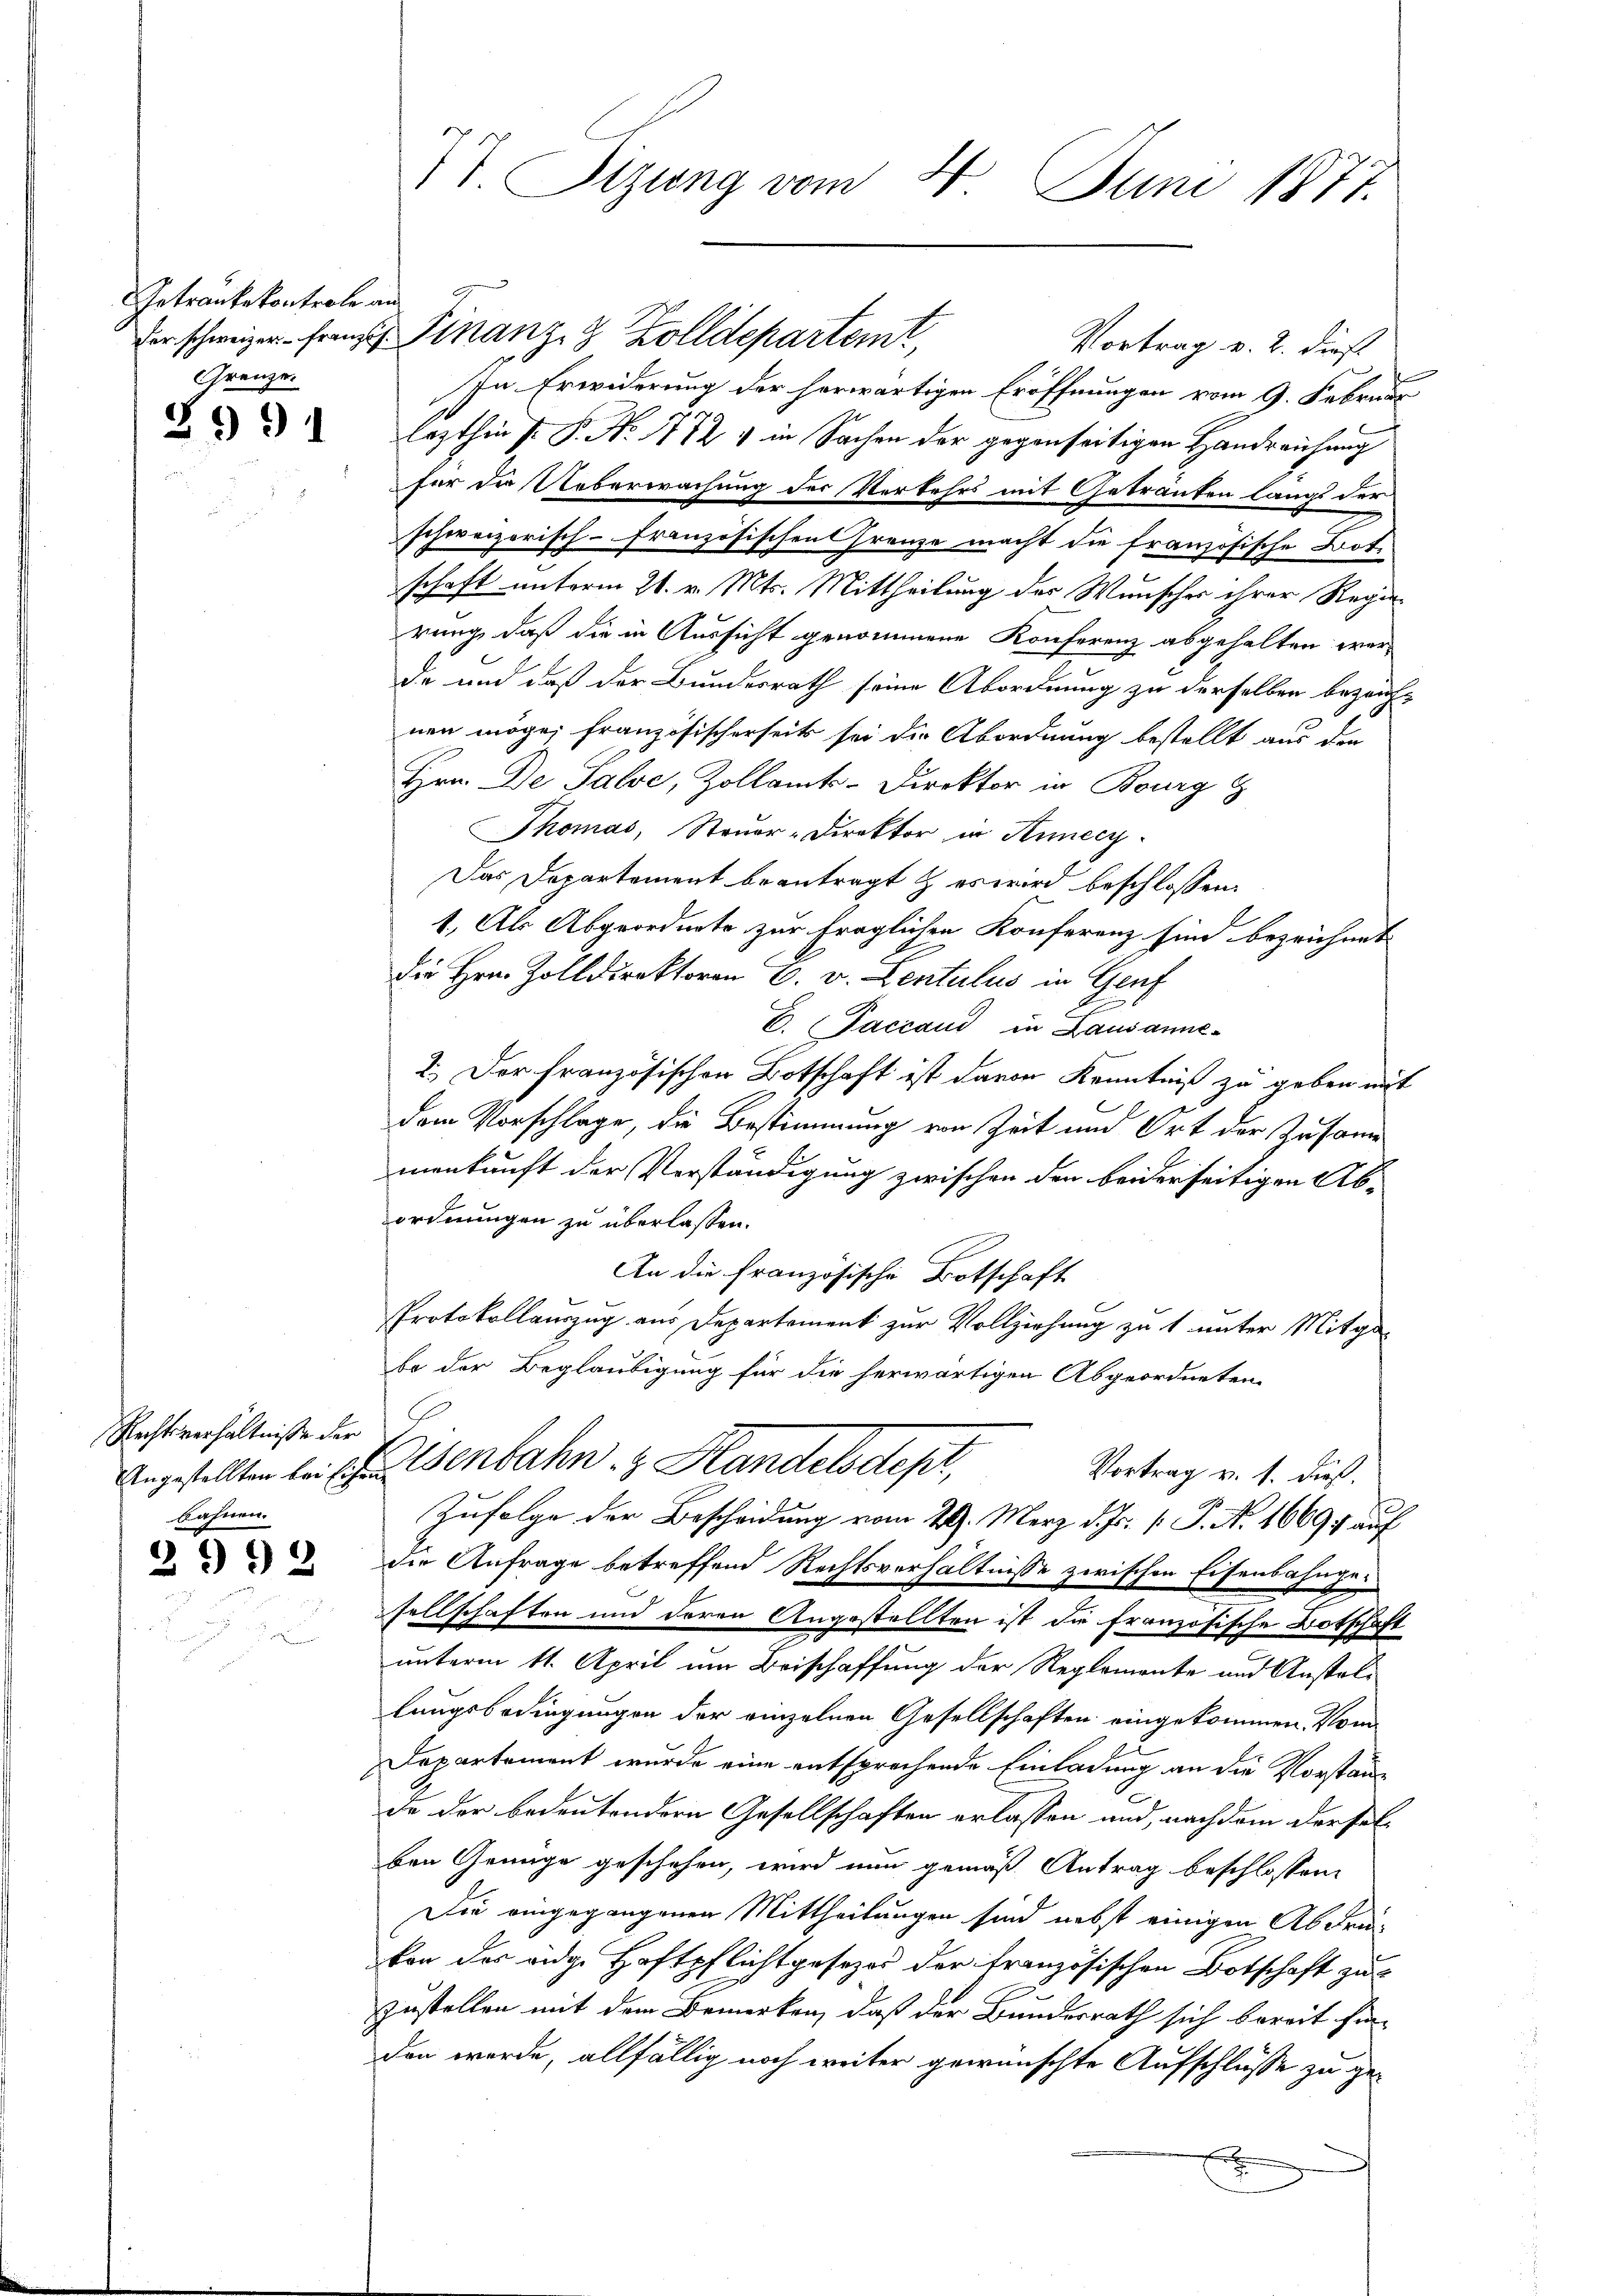
Getranke kontrole an
Grenze.

991

Rechtsverhältniße der
bahnen.

2992

4
T. Sitzung vom 5. Juni 1877.

fer schweizer franz. Finanz- 8 Zolldepartem,
Vortrag v. 2. dieß
In Erwiderung der herwärtigen Eröffnungen vom 9. Februar
lezthin P. P. Nr. 1772 1 in Sachen der gegenseitigen Handreichung
für die Ueberwachung der Verkehrs mit Getränken langs der
schweizerisch-französischen Franze macht die französische Bot.
schaft unterm 21. v. Mts. Mittheilung der Wunscher ihrer Regierung, daß die in Aussicht genommene Konferenz abgehalten werde und daß der Bundesrath seine Abordnung zu derselben bezeichnen möge, französischerseits sei die Abordnung bestellt aus die
Hrn. De Salve, Zollamts-Direktor in Bourg
Thomas, Steuer-Direktor in Annecz
Das Departement beantragt & es wird beschlossen:
1.) Als Abgeordnete zur fraglichen Konferenz sind bezeichnet
die Hrn. Zolldirektoren E. v. Lentulus in Genf
C. Paccaud in Lausanne-
2.) Der französischen Botschaft ist davon Kenntniß zu geben mit
dem Vorschlage, die Bestimmung von Zeit und Ort der Zusamme
menkunft der Verständigung zwischen den beiderseitigen Ab-
ordnungen zu überlassen.
An die französische Botschaft
Protokollauszug aus Departement zur Vollziehung zu 1 unter Mitga-
be der Beglaubigung für die herwärtigen Abgeordneten
Angestellten bei schen Senbahn z. Handelsdepr
Vortrag v. 1. dieß.
Zufolge der Bescheidung vom 24. März d. Js. [ P. Nr. 1669 auf
die Anfrage betreffend Rechtsverhältnisse zwischen Eisenbahngesellschaften und deren Angestellten ist die französische Botschaft
unterm 11. April um Beischaffung der Reglemente und Anstallangsbedingungen der einzelnen Gesellschaften eingekommen. Vom
Departement wurde eine entsprechende Einladung an die Vorstän¬
2
de der bedeutendern Gesellschaften erlassen und, nachdem derselben Genüge geschehen, wird nun gemäß Antrag beschlossen,
Die eingegangenen Mittheilungen sind nebst einigen Abdrükon der ange Haftpflichtgesezes der französischen Botschaft zu
zustellen mit dem Bemerken, daß der Bundesrath sich bereit fin-
den werde, allfällig noch weiter gewünschte Aufschlüsse zu gef